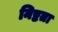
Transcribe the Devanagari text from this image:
निष्टता